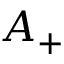
A _ { + }